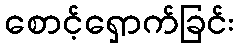
စောင့်ရှောက်ခြင်း